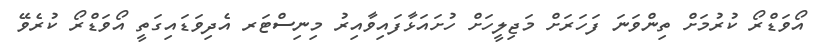
އޯވަޑްރޯ ކުރުމަށް ތިންވަނަ ފަހަރަށް މަޖިލީހަށް ހުށައަޅާފައިވާއިރު މިނިސްޓަރ އެދިވަޑައިގަތީ އޯވަޑްރޯ ކުރެވޭ